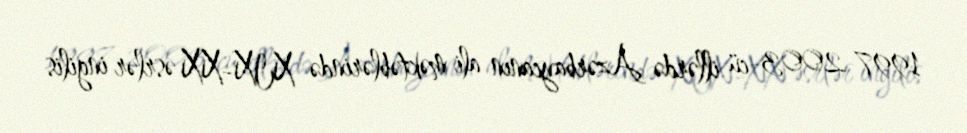
1997-2003-cü illərdə Azərbaycanın ali məktəblərində XIX-XX əsrlər ingilis